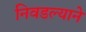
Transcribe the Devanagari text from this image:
निवडल्याने